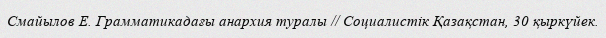
Смайылов Е. Грамматикадағы анархия туралы // Социалистік Қазақстан, 30 қыркүйек.